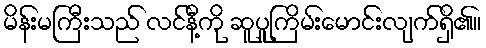
မိန်းမကြီးသည် လင်နီ့ကို ဆူပူကြိမ်းမောင်းလျက်ရှိ၏။